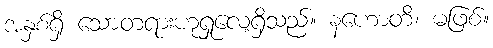
အနှစ်ရှိ သောတရားဟုရှုလေ့ရှိသည်။ နဟောတိ၊ မဖြစ်။